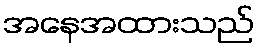
အနေအထားသည်